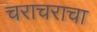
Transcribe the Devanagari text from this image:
चराचराचा